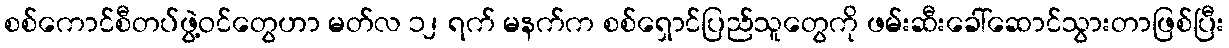
စစ်ကောင်စီတပ်ဖွဲ့ဝင်တွေဟာ မတ်လ ၁၂ ရက် မနက်က စစ်ရှောင်ပြည်သူတွေကို ဖမ်းဆီးခေါ်ဆောင်သွားတာဖြစ်ပြီး